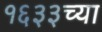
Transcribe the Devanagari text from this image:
१६३३च्या